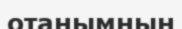
отанымның